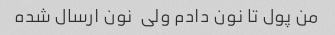
من پول تا نون دادم ولی  نون ارسال شده